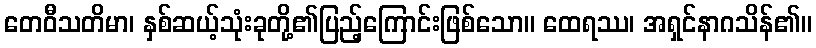
တေဝီသတိမာ၊ နှစ်ဆယ့်သုံးခုတို့၏ပြည့်ကြောင်းဖြစ်သော။ ထေရဿ၊ အရှင်နာဂသိန်၏။